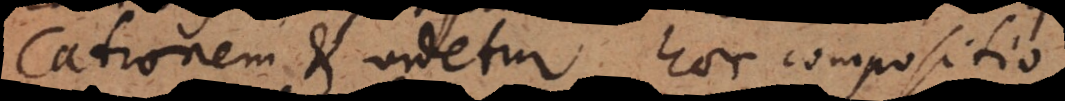
cationem et videtur haec compositio